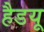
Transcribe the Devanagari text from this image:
हैडयू